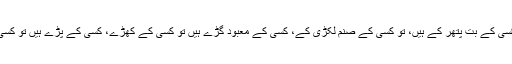
ان میں سے کسی کے بت پتھر کے ہیں، تو کسی کے صنم لکڑی کے، کسی کے معبود گڑے ہیں تو کسی کے کھڑے، کسی کے پڑے ہیں تو کسی کے بیٹھے!